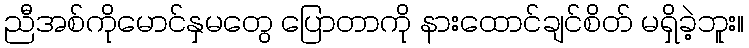
ညီအစ်ကိုမောင်နှမတွေ ပြောတာကို နားထောင်ချင်စိတ် မရှိခဲ့ဘူး။